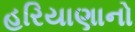
હરિયાણાનો